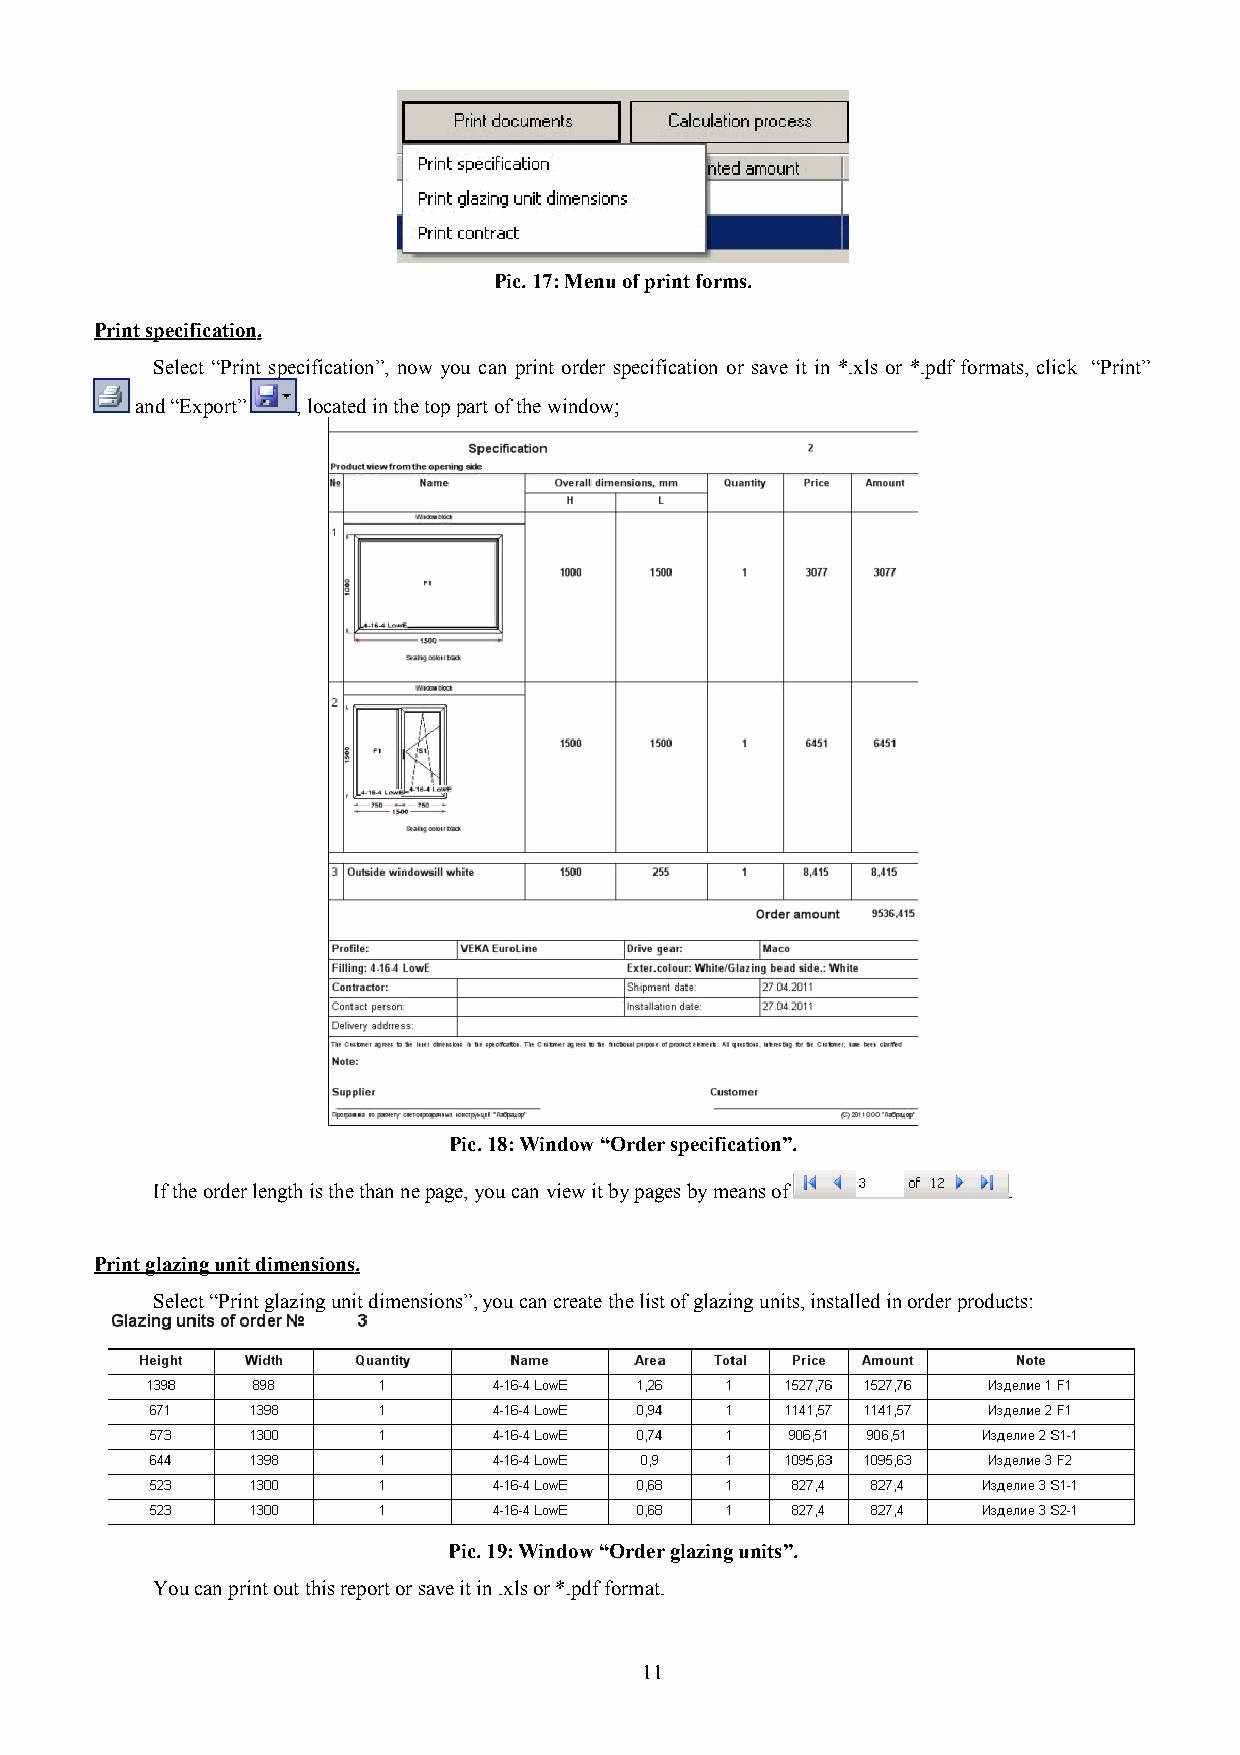
Pic. 17: Menu of print forms.
 Print specification .
 Select “Print specification”, now you can print order specification or save it in *.xls or *.pdf formats, click “Print”
 and “Export” , located in the top part of the window;
 Pic. 18: Window “Order specification”.
 If the order length is the than ne page, you can view it by pages by means of .
 Print glazing unit dimensions .
 Select “Print glazing unit dimensions”, you can create the list of glazing units, installed in order products:
 Pic. 19: Window “Order glazing units”.
 You can print out this report or save it in .xls or *.pdf format.
 11